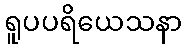
ရူပပရိယေသနာ